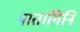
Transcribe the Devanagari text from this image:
मातांगिनि